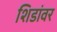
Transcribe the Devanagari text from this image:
शिडांवर